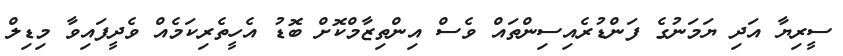
ސީރިޔާ އަދި ޔަމަނުގެ ފަންޑުރެއިސިންތައް ވެސް އިންތިޒާމްކޮށް ބޮޑު އެހީތެރިކަމެއް ވެދީފައިވާ މިޑިލް